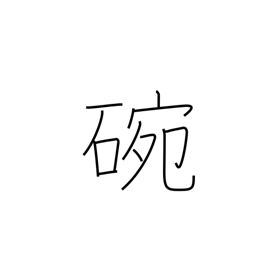
Meaning: porcelain bowl